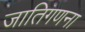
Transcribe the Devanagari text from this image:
जातिगणना